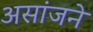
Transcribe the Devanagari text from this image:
असांजने